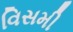
વિસમી